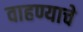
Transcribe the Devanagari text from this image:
वाहण्याचे